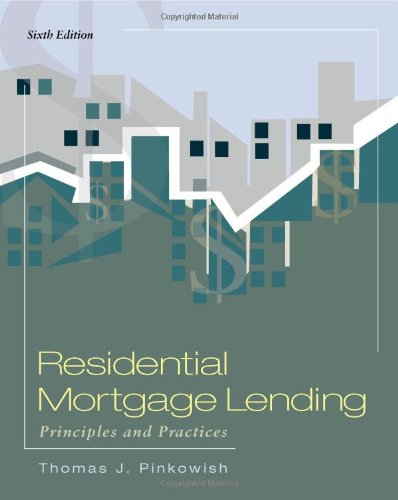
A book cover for Residential Mortgage Lending: Principles & Practices; Thomas J Pinkowish; Business & Money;